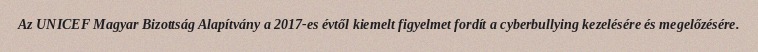
Az UNICEF Magyar Bizottság Alapítvány a 2017-es évtől kiemelt figyelmet fordít a cyberbullying kezelésére és megelőzésére.